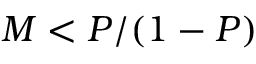
M < P / ( 1 - P )